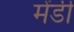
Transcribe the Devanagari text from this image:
मेंडी